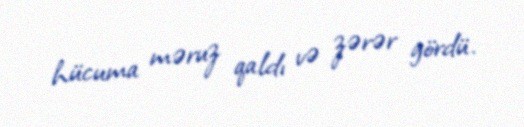
hücuma məruz qaldı və zərər gördü.